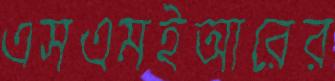
এসএমইআরের